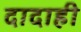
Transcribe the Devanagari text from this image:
दादाही